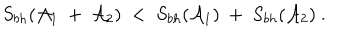
LaTeX: S _ { b h } ( { \cal A } _ { 1 } ~ + ~ { \cal A } _ { 2 } ) ~ < ~ S _ { b h } ( { \cal A } _ { 1 } ) ~ + ~ S _ { b h } ( { \cal A } _ { 2 } ) ~ .